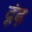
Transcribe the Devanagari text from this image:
दूंढ़